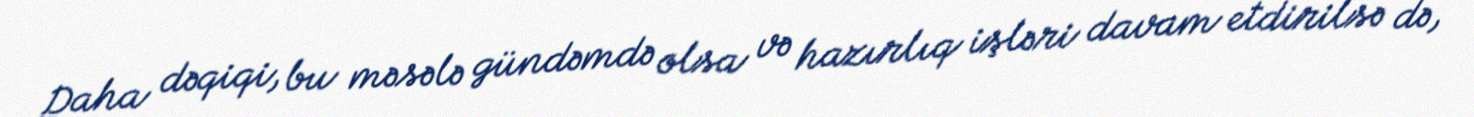
Daha dəqiqi, bu məsələ gündəmdə olsa və hazırlıq işləri davam etdirilsə də,